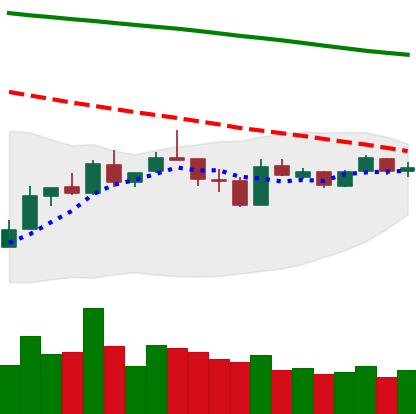
Ticker: LTC-USD
Chart end date: 2019-01-04
Forward return: 20.31%
Label: up_7plus